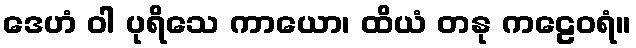
ဒေဟံ ဝါ ပုရိသေ ကာယော၊ ထိယံ တနု ကဠေဝရံ။